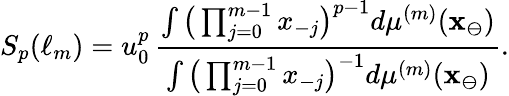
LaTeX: S_{p}(\ell_{m})=u_{0}^{p}\, \frac{\int\big(\prod_{j=0}^{m-1}x_{-j}\big)^{p-1}d\mu^{(m)}(\mathbf{x}_{\ominus})}{\int\big(\prod_{j=0}^{m-1}x_{-j}\big)^{-1}d\mu^{(m)}(\mathbf{x}_{\ominus})}.